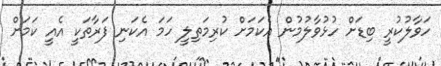
ހަވާލުކުރީ ބިޑަށް ހުޅުވާލުމުން އެކަމަށް ކުރިމަތިލީ ހަމަ އެކަނި ފަރާތަކީ އެއީ ކަމަށް